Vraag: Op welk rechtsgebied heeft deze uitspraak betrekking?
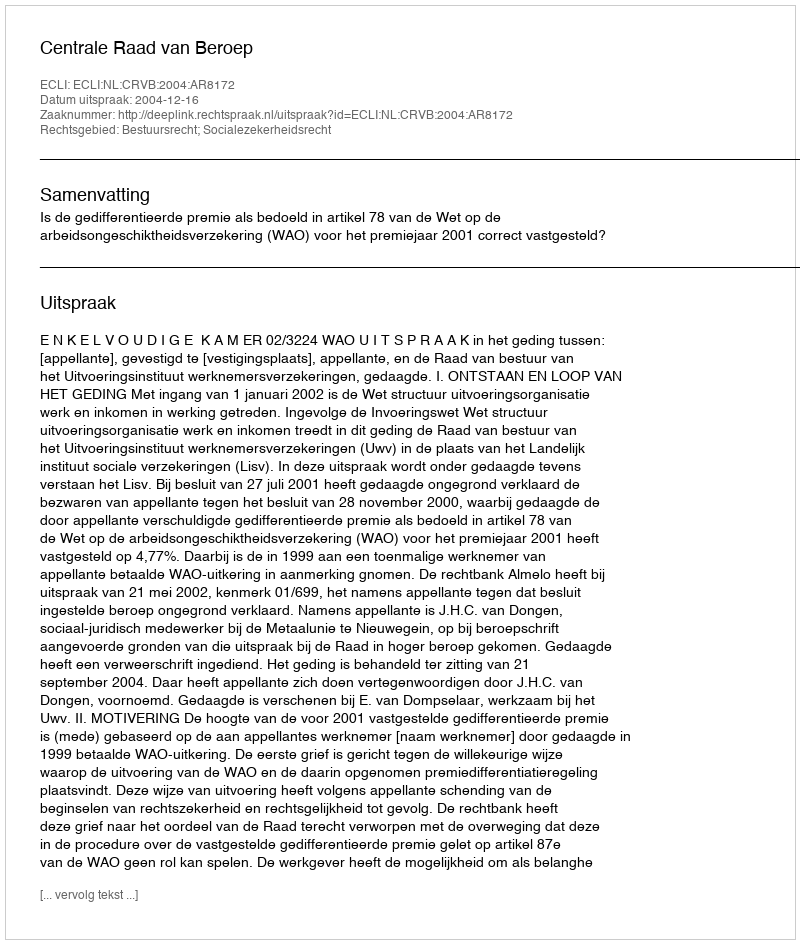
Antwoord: Bestuursrecht; Socialezekerheidsrecht